system: You are a helpful assistant.
user:
Analyze the provided spectrum to determine if it is a **Carbon Star (C-type)**.

- **Key Visual Indicators of Carbon Star:**
    - **(Primary):** Strong molecular absorption from **C₂ (diatomic carbon) "Swan Bands."** This is the **defining feature** of a carbon star.
        - **(Key Bandheads):** Sharp absorption edges are visible at approximately $5635$ Å, $5165$ Å (the strongest band), and $4737$ Å.
        - **(Line Profile):** Creates a distinct **"saw-tooth"** pattern. The key morphology is a sharp, steep bandhead on the **red (long-wavelength) side**, which then gradually tapers off (i.e., flux recovers) towards the **blue (short-wavelength) side**. *(This is the direct opposite of the TiO bands seen in M-type stars)*.

    - **(Secondary):** Intense **CN (cyanogen)** molecular absorption bands.
        - **(Key Bandheads):** Located in the blue and violet regions of the spectrum (e.g., near $4215$ Å and $3883$ Å).
        - **(Morphology):** These bands are extremely broad and act as a "blanket," absorbing the vast majority of blue and violet light. This creates a characteristic **"cliff"** or **"steep drop-off"** in the spectrum's flux at short wavelengths.

    - **(Key Confirmation):** Strong **CH absorption band (G-band)**.
        - **(Key Bandhead):** Located around $4300$ Å. The contribution from CH molecules to this band is exceptionally strong.

    - **(Overall Spectrum):**
        - The continuum is severely "chopped up" by these deep molecular bands, especially C₂, rather than appearing as a smooth curve.
        - Due to the heavy CN and C₂ absorption in the blue-green, the vast majority of the star's flux is concentrated in the red part of the spectrum, giving the star its characteristic deep red color.

Think first, call **spectral_visualization_tool** if needed to examine features in detail, then provide your final answer. Your response must adhere to the following strict rules:
1.  **Overall Structure:** Your response must follow the format `<think>...</think> <tool_call>...</tool_call> (if a tool is used) <answer>...</answer>`.
2.  **Tool Usage Constraint:** You may only make **one** tool call per turn.
3.  **Final Answer Format:** In the `<answer>` tag, your conclusion must be inside a `\boxed{}` command (e.g., `\boxed{YES}`), followed by your justification.

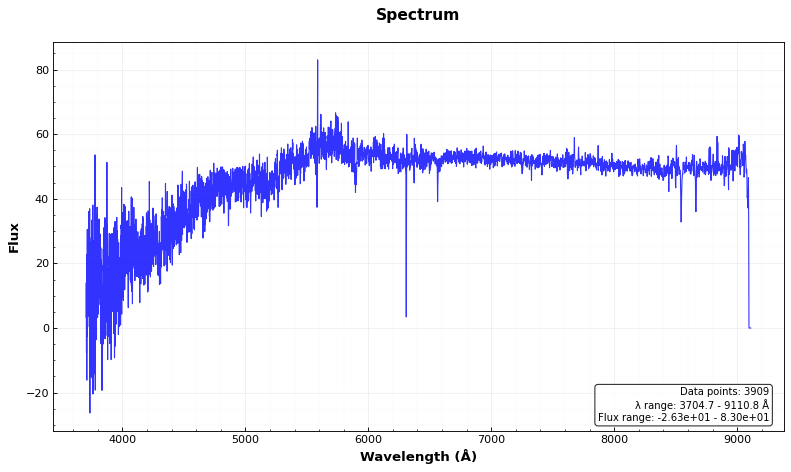
Answer: NO